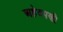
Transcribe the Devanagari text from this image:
अहेवपणी